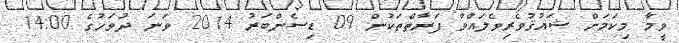
ވީމާ މިކަމަށް ޝައުޤުވެރިވެލައްވާ ފަރާތްތަކުން 09 ޑިސެންބަރު 2014 ވަނަ ދުވަހުގެ 14:00